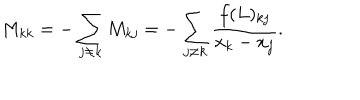
M _ { k k } = - \sum _ { j \neq k } M _ { k j } = - \sum _ { j \neq k } \frac { f ( L ) _ { k j } } { x _ { k } - x _ { j } } .